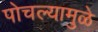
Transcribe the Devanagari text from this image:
पोचल्यामुळे